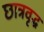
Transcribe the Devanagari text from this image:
छात्रवृद्ध